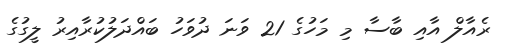
ރެއާލް އާއި ބާސާ މި މަހުގެ 21 ވަނަ ދުވަހު ބައްދަލުކުރާއިރު ލީގުގެ